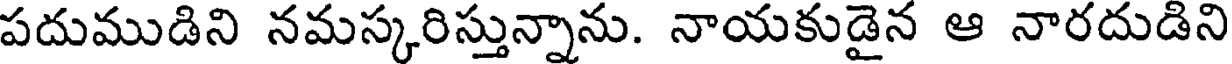
పదుముడిని నమస్కరిస్తున్నాను. నాయకుడైన ఆ నారదుడిని